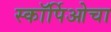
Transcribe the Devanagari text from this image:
स्कॉर्पिओचा